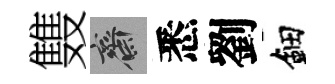
䨇齋悉劉鈿